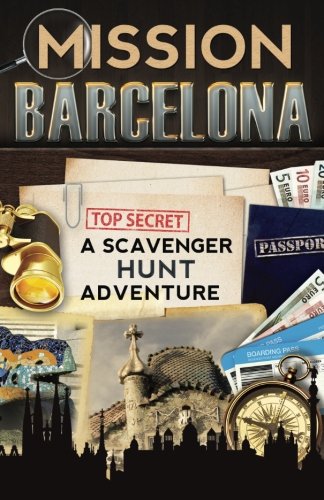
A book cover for Mission Barcelona: A Scavenger Hunt Adventure (For Kids); Catherine Aragon; Travel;